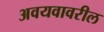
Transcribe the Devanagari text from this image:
अवयवावरील